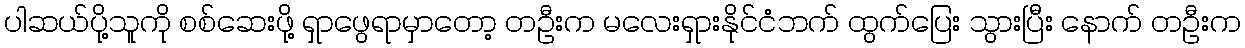
ပါဆယ်ပို့သူကို စစ်ဆေးဖို့ ရှာဖွေရာမှာတော့ တဦးက မလေးရှားနိုင်ငံဘက် ထွက်ပြေး သွားပြီး နောက် တဦးက